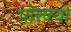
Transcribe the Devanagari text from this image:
पोरक्या